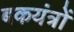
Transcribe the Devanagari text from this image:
बकयंत्रों